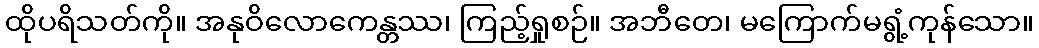
ထိုပရိသတ်ကို။ အနုဝိလောကေန္တဿ၊ ကြည့်ရှုစဉ်။ အဘီတေ၊ မကြောက်မရွံ့ကုန်သော။